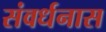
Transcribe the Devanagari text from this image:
संवर्धनास